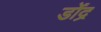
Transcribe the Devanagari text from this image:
डोंद्र